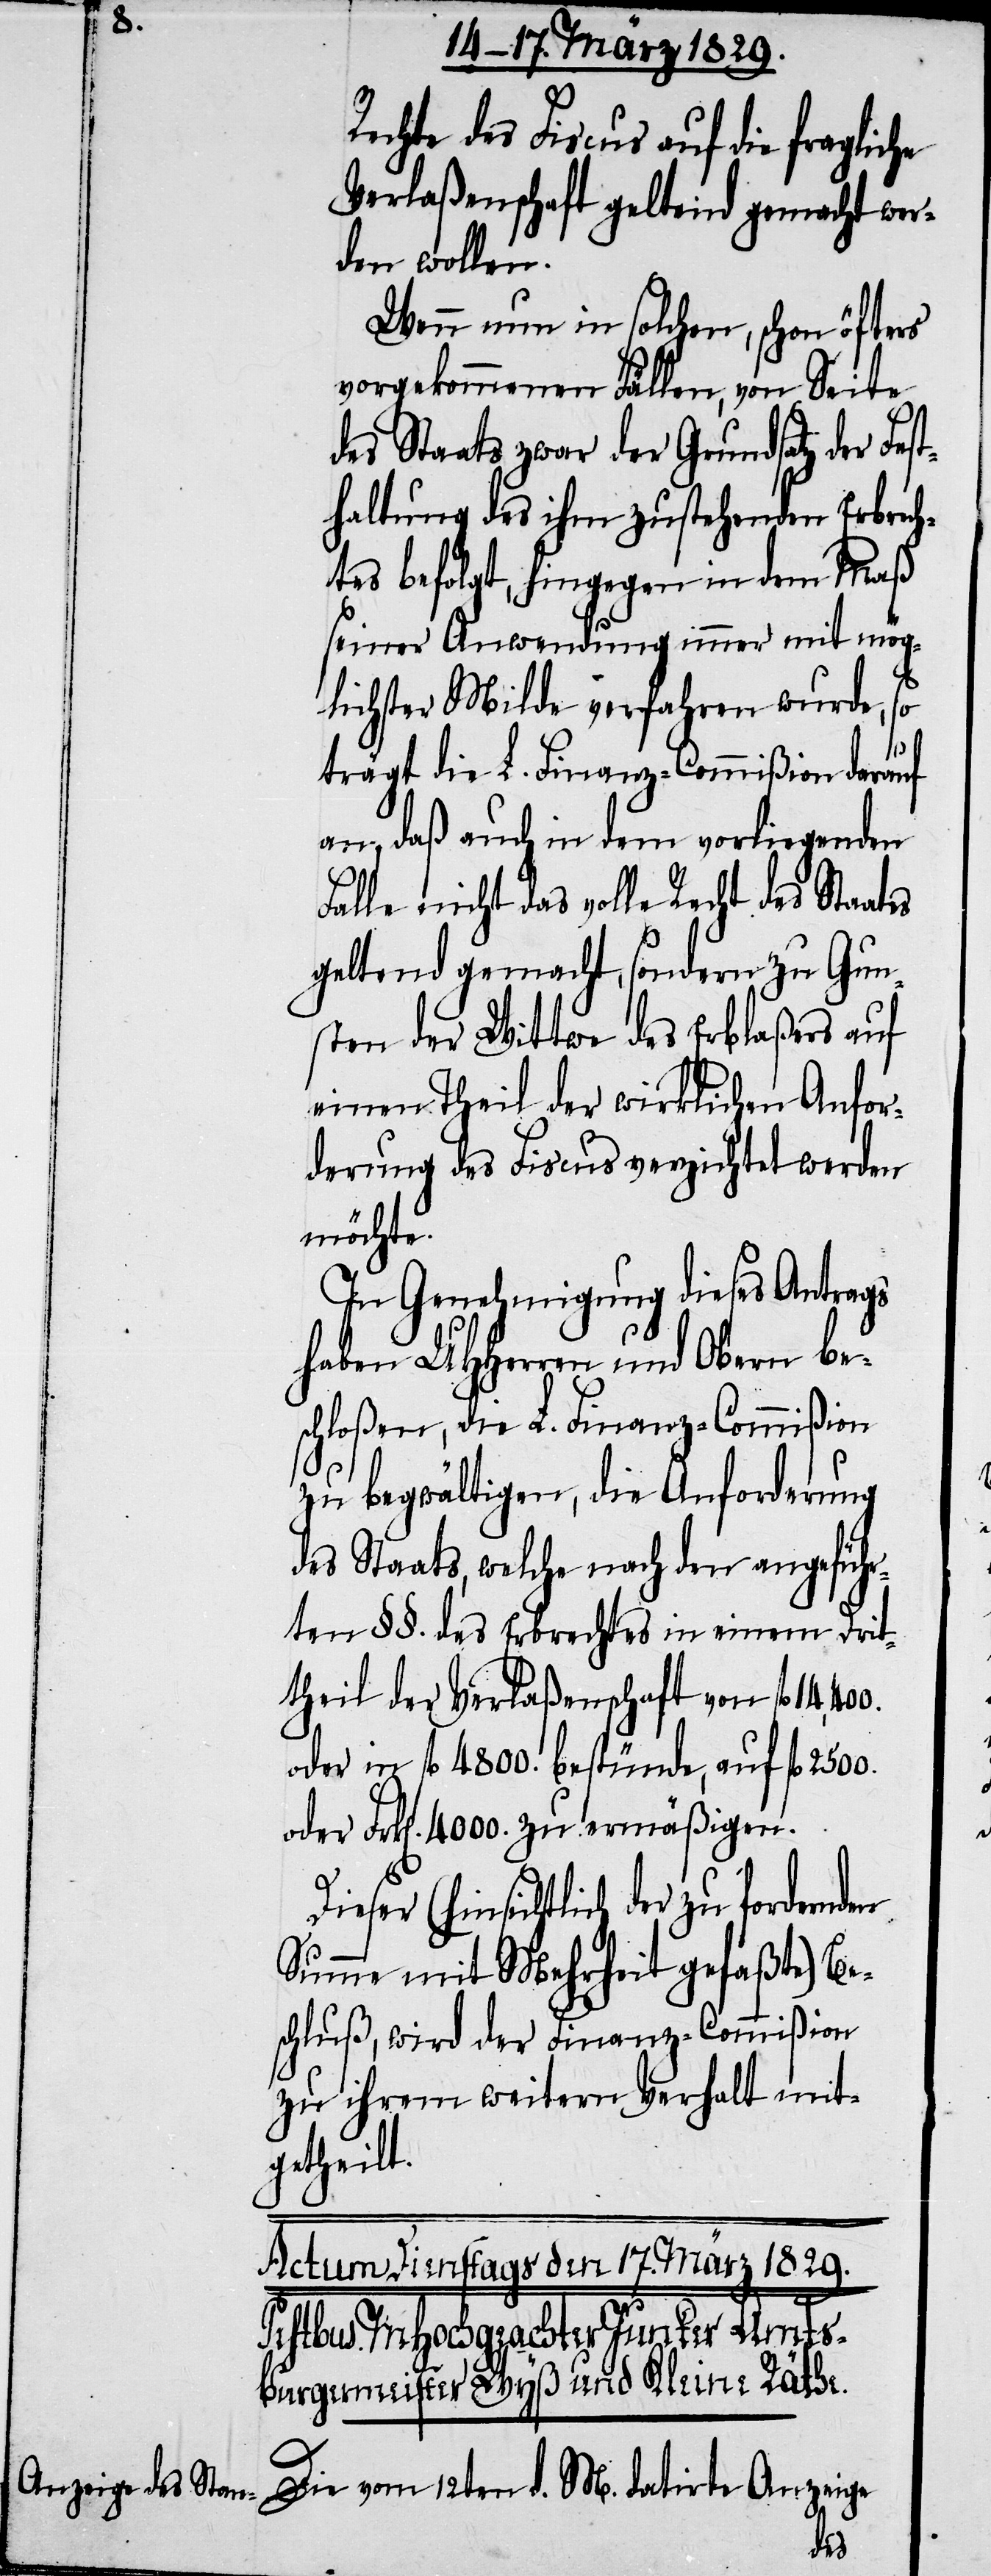
Rechte des Fiscus auf die fragliche
Verlaßenschaft geltend gemacht wer¬
den wollen.
Wenn nun in solchen, schon öfters
vorgekommenen Fällen, von Seite
des Staats zwar der Grundsatz der Fes¬
thaltung des ihm zustehenden Erbrech¬
tes befolgt, hingegen in dem Maß
seiner Anwendung immer mit mög¬
lichster Milde verfahren wurde, so
den
trägt die L. Finanz-Commißion darauf
an, daß auch in dem vorliegenden
Falle nicht das volle Recht des Staates
geltend gemacht, sondern zu Gun¬
sten der Wittwe des Erblaßers auf
einen Theil der wirklichen Anfor¬
derung des Fiscus verzichtet werden
möchte.
In Genehmigung dieses Antrags
haben UHHerren und Obern be¬
schloßen, die L. Finanz-Commißion
zu begwältigen, die Anforderung
des Staats, welche nach den angeführ¬
ten §§. des Erbrechtes in einem Drit¬
theil der Verlaßenschaft von fl.
oder in fl. 4800. bestünde, auf fl. 2500.
oder Frk[en]. 4000. zu ermäßigen.
Dieser (hinsichtlich der zu fordern¬
Summe mit Mehrheit gefaßte) Be¬
schluß, wird der Finanz-Commißion
zu ihrem weitern Verhalt mit¬
getheilt.
Die vom 12ten d. M. datirte Anzeige